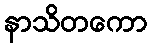
နာသိတကော